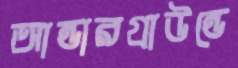
আন্ডারগ্রাউন্ডে